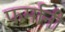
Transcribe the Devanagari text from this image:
फर्मानी